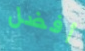
أفضل